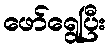
ဖော်ရွေပြီး